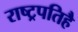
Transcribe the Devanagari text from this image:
राष्ट्रपतिहै